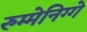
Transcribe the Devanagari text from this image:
रुम्मेनिग्गे